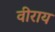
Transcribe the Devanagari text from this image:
वीराय